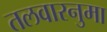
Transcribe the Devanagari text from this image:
तलवारनुमा